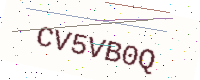
Text: CV5VB0Q